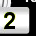
Digit: 2